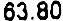
63.80